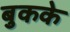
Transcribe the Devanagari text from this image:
बुकके